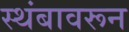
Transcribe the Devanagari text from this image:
स्थंबावरून